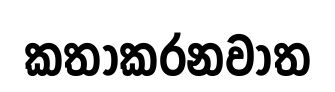
කතාකරනවාත